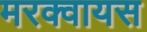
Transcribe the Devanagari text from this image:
मरक्वायस